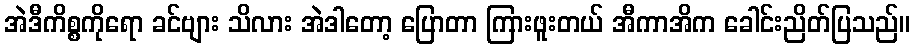
အဲဒီကိစ္စကိုရော ခင်ဗျား သိလား အဲဒါတော့ ပြောတာ ကြားဖူးတယ် အီကာအိက ခေါင်းညိတ်ပြသည်။